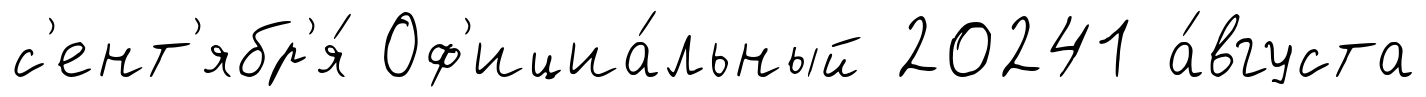
с'ент'ябр'я́ Оф'ициа́льный 20241 а́вгуста